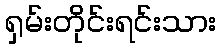
ရှမ်းတိုင်းရင်းသား